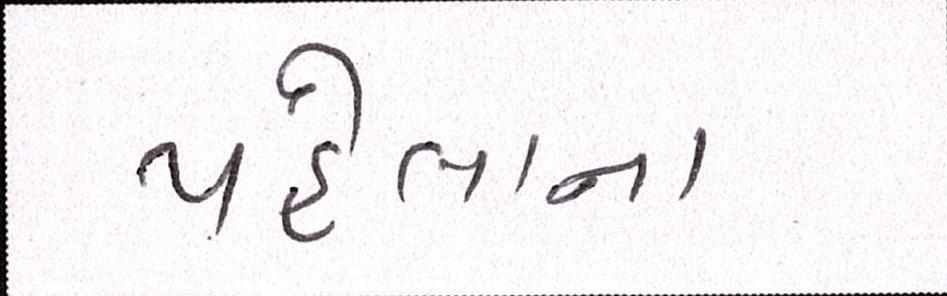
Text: પહેલાના